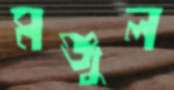
মঞ্জুল